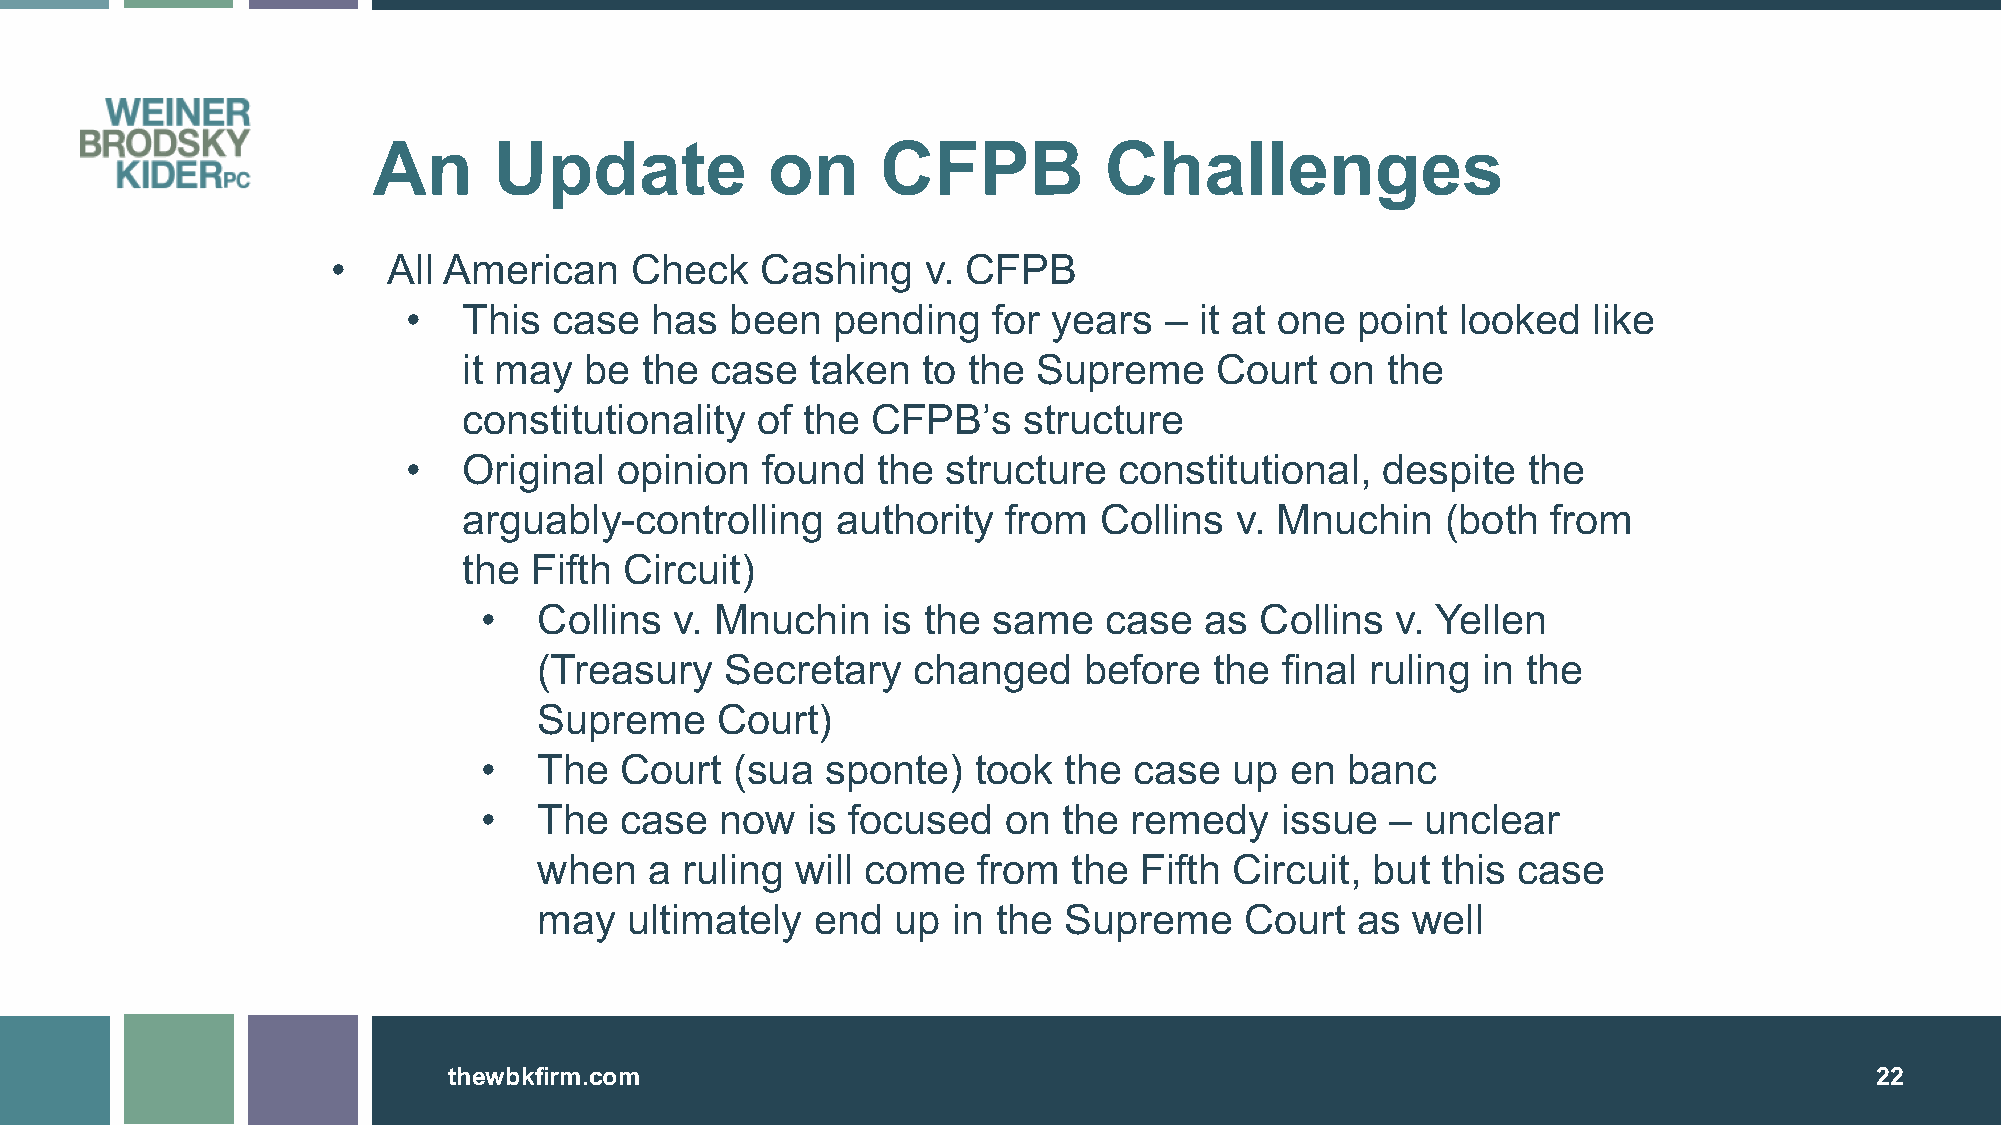
An      Update            on     CFPB           Challenges
 •   All American    Check   Cashing    v. CFPB
 •   This  case  has  been   pending    for years  – it at one  point  looked  like
 it may  be the  case   taken  to the  Supreme    Court   on  the
 constitutionality  of the  CFPB’s    structure
 •   Original  opinion  found   the  structure  constitutional,  despite   the
 arguably-controlling    authority   from  Collins  v. Mnuchin    (both  from
 the Fifth Circuit)
 •   Collins  v. Mnuchin   is the  same   case   as Collins  v. Yellen
 (Treasury   Secretary   changed     before  the  final ruling in the
 Supreme    Court)
 •   The  Court   (sua  sponte)  took  the  case   up en  banc
 •   The  case   now  is focused   on  the  remedy    issue  – unclear
 when   a ruling  will come   from  the Fifth  Circuit, but this case
 may  ultimately   end  up  in the Supreme     Court   as well
 tthheewwbbkkffiirrmm..ccoomm                                                                  2222